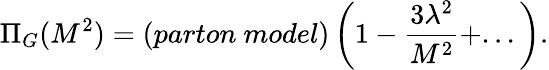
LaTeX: \Pi_{G}(M^{2})=(parton~model)\left(1-{\frac{3\lambda^{2}}{M^{2}}}+...\right){}.